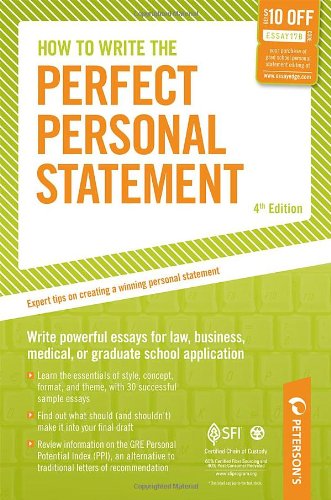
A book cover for How to Write the Perfect Personal Statement: Write powerful essays for law, business, medical, or graduate school application (Peterson's How to Write the Perfect Personal Statement); Mark Alan Stewart; Test Preparation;